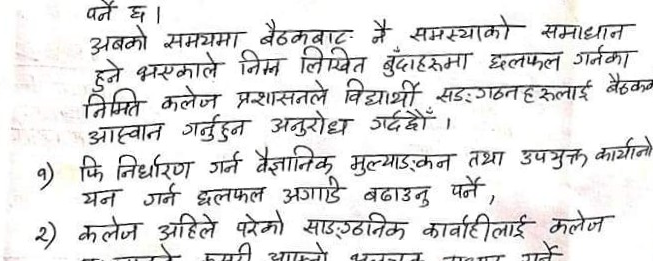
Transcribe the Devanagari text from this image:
पर्ने छ ।
अबको समयमा बैठकबाट नै समस्याको समाधान
हुने भएकाले निम्न लिखित बुंदाहरुमा छलफल गर्नका
निमित्त कलेज प्रशासनले विद्यार्थी सङ्गठनहरुलाई बैठकमा
आह्वान गर्नुहुन अनुरोध गर्दछौं ।
१) फि निर्धारण गर्न वैज्ञानिक मूल्याङ्कन तथा उपयुक्त कार्यान्व
यन गर्न छलफल अगाडे बढाउनु पर्ने ,
२) कलेज अहिले परेको साङ्गठनिक कार्यवाहीलाई कलेज